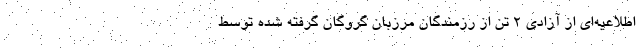
اطلاعیه‌ای از آزادی ۲ تن از رزمندگان مرزبان گروگان گرفته شده توسط